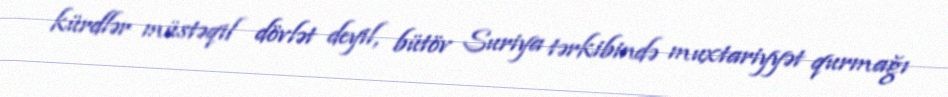
kürdlər müstəqil dövlət deyil, bütöv Suriya tərkibində muxtariyyət qurmağı